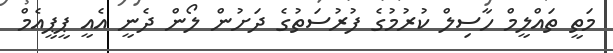
މަތީ ތައްލީމް ހާސިލް ކުރުމުގެ ފުރުސަތުގެ ދަށުން ލޯން ދެނީ އެއީ ޕީޕީއެމް